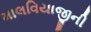
માલવિયાજીની